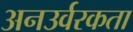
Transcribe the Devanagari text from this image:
अनउर्वरकता